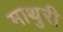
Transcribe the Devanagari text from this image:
माथुरी